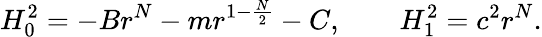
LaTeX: H_{0}^{2}=-Br^{N}-mr^{1-\frac{N}{2}}-C,\qquad H_{1}^{2}=c^{2}r^{N}.